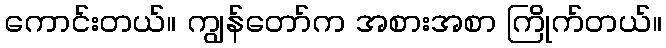
ကောင်းတယ်။ ကျွန်တော်က အစားအစာ ကြိုက်တယ်။